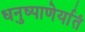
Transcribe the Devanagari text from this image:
धनुष्पाणेर्यातं